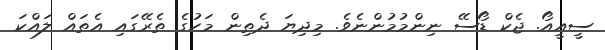
ސީއީއޯ. ޖެކް ޑޯސޭ ނިންމުމުންނެވެ. މިދިޔަ ދެތިން މަހުގެ ތެރޭގައި އެތައް ލައްކަ